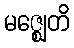
မဇ္ဈေတိ